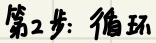
第2步：循环